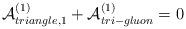
LaTeX: \begin{align*}{\cal A}^{(1)}_{triangle,1}+{\cal A}^{(1)}_{tri-gluon}=0\end{align*}